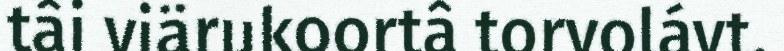
tâi viärukoortâ torvolávt.